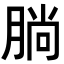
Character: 𣎃